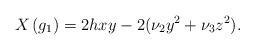
LaTeX: \begin{align*}X\left( g_{1}\right) =2hxy-2(\nu_{2}y^{2}+\nu_{3}z^{2}).\end{align*}